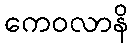
ကေဝလာနိ